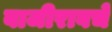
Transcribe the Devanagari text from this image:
बाजीरावचे